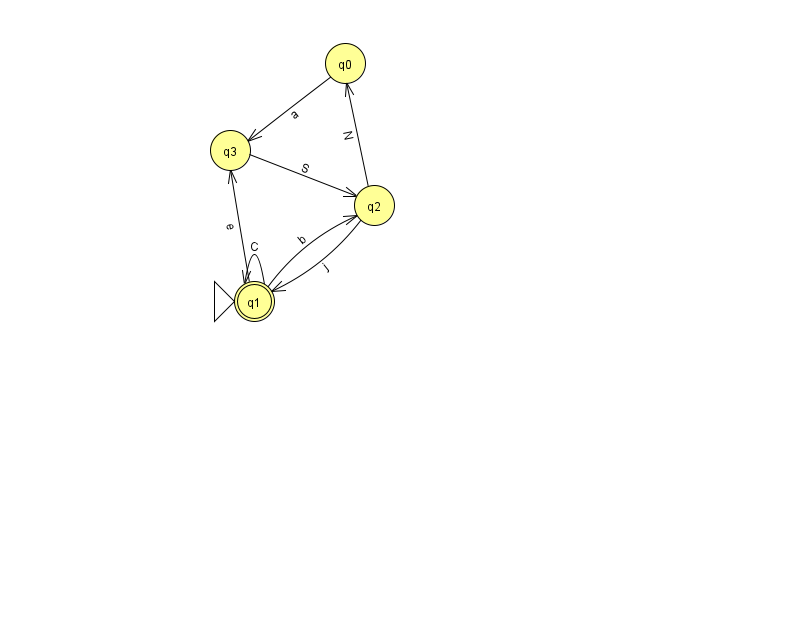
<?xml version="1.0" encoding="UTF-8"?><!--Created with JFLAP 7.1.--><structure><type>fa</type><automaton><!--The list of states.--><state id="0" name="q0"><x>345.0</x><y>50.0</y></state><state id="1" name="q1"><x>254.0</x><y>288.0</y><initial/><final/></state><state id="2" name="q2"><x>374.0</x><y>192.0</y></state><state id="3" name="q3"><x>230.0</x><y>137.0</y></state><!--The list of transitions.--><transition><from>0</from><to>3</to><read>a</read></transition><transition><from>2</from><to>1</to><read>j</read></transition><transition><from>1</from><to>1</to><read>C</read></transition><transition><from>2</from><to>0</to><read>N</read></transition><transition><from>1</from><to>3</to><read>e</read></transition><transition><from>3</from><to>2</to><read>S</read></transition><transition><from>1</from><to>2</to><read>b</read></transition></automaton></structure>